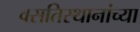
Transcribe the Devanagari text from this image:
वसतिस्थानांच्या